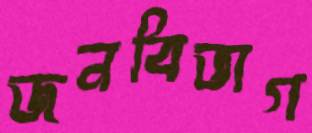
জনবিভাগ